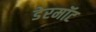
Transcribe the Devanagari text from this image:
डेरमॉट